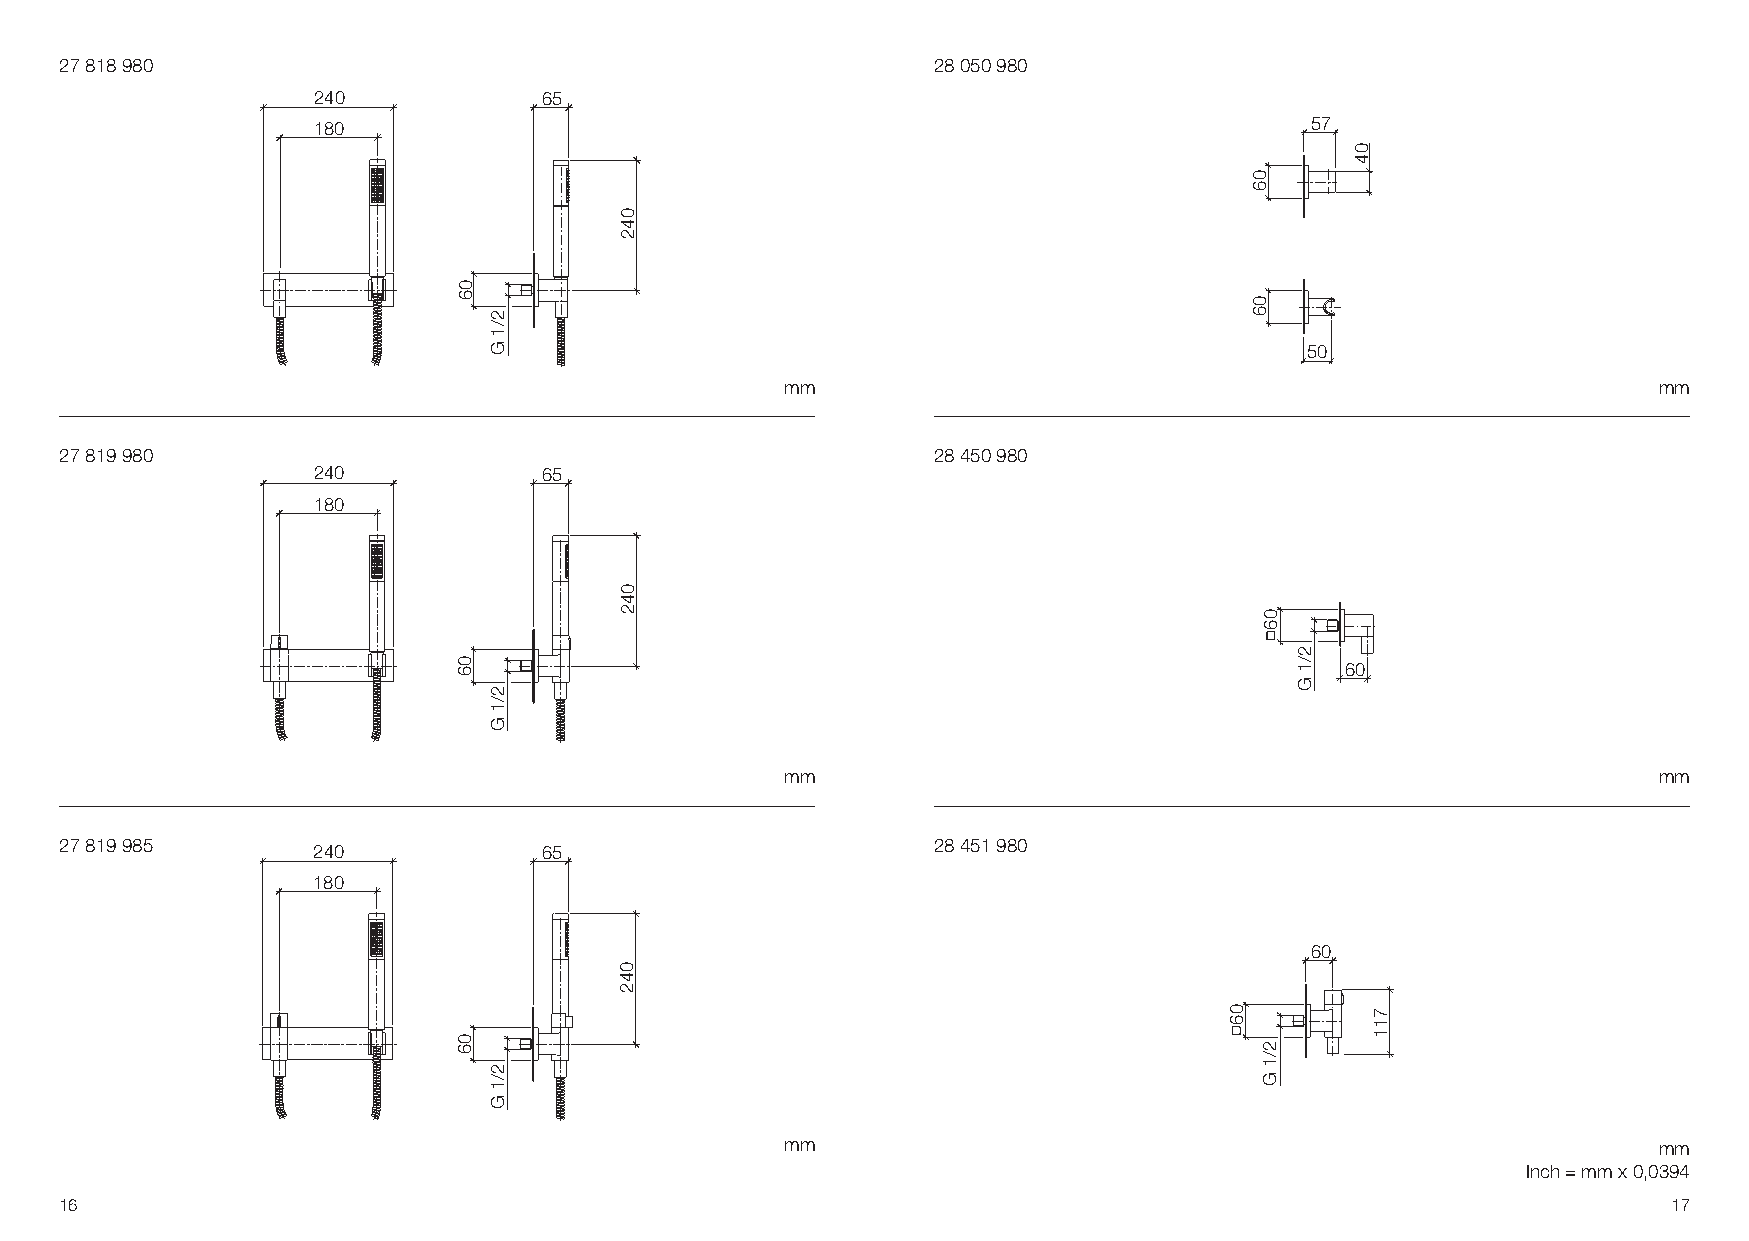
27 818 980                                                28 050 980
 240            65
 180                                                               57
 50
 mm                                                        mm
 27 819 980                                                28 450 980
 240            65
 180
 60
 mm                                                        mm
 27 819 985       240            65                        28 451 980
 180
 60
 mm                                                        mm
 Inch = mm x 0,0394
 16                                                                                                         17
 06
 06
 06
 2/1
 G
 2/1
 G
 2/1
 G
 042
 042
 042
 06
 06
 06
 06
 2/1
 G
 2/1
 G
 04
 711